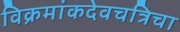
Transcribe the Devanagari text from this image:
विक्रमांकदेवचत्रिचा